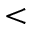
<